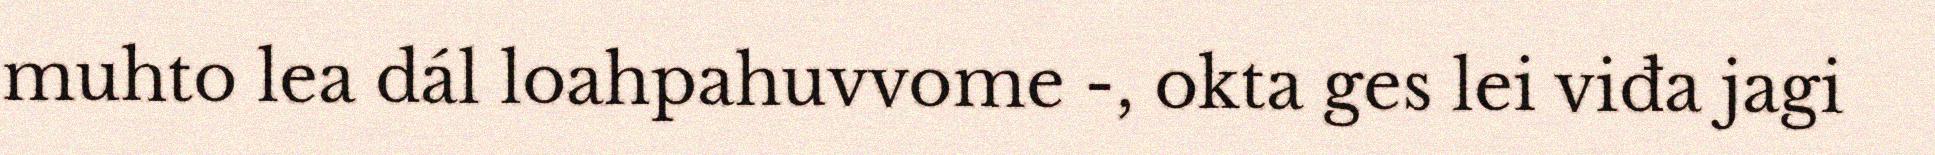
muhto lea dál loahpahuvvome -, okta ges lei viđa jagi